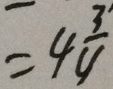
= 4 \frac { 3 } { 4 }